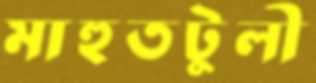
মাহুতটুলী